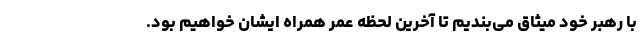
با رهبر خود میثاق می‌بندیم تا آخرین لحظه عمر همراه ایشان خواهیم بود.